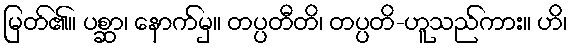
မြတ်၏။ ပစ္ဆာ၊ နောက်မှ။ တပ္ပတီတိ၊ တပ္ပတိ-ဟူသည်ကား။ ဟိ၊